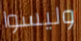
وليسوا